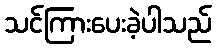
သင်ကြားပေးခဲ့ပါသည်